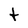
Character: t